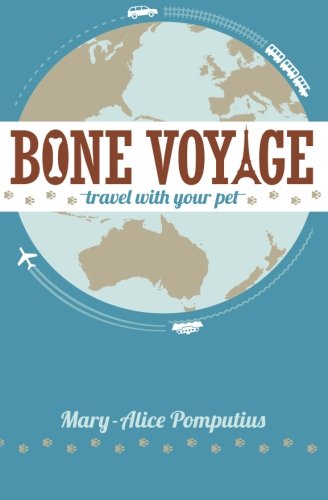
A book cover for Bone Voyage: Travel With Your Pet; Mary-Alice Pomputius; Travel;